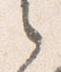
之